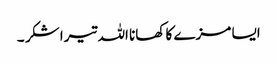
ایسا مزے کا کھانا اللہ تیرا شکر ۔